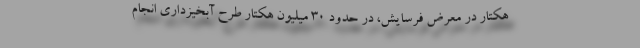
هکتار در معرض فرسایش، در حدود ۳۰ میلیون هکتار طرح آبخیزداری انجام